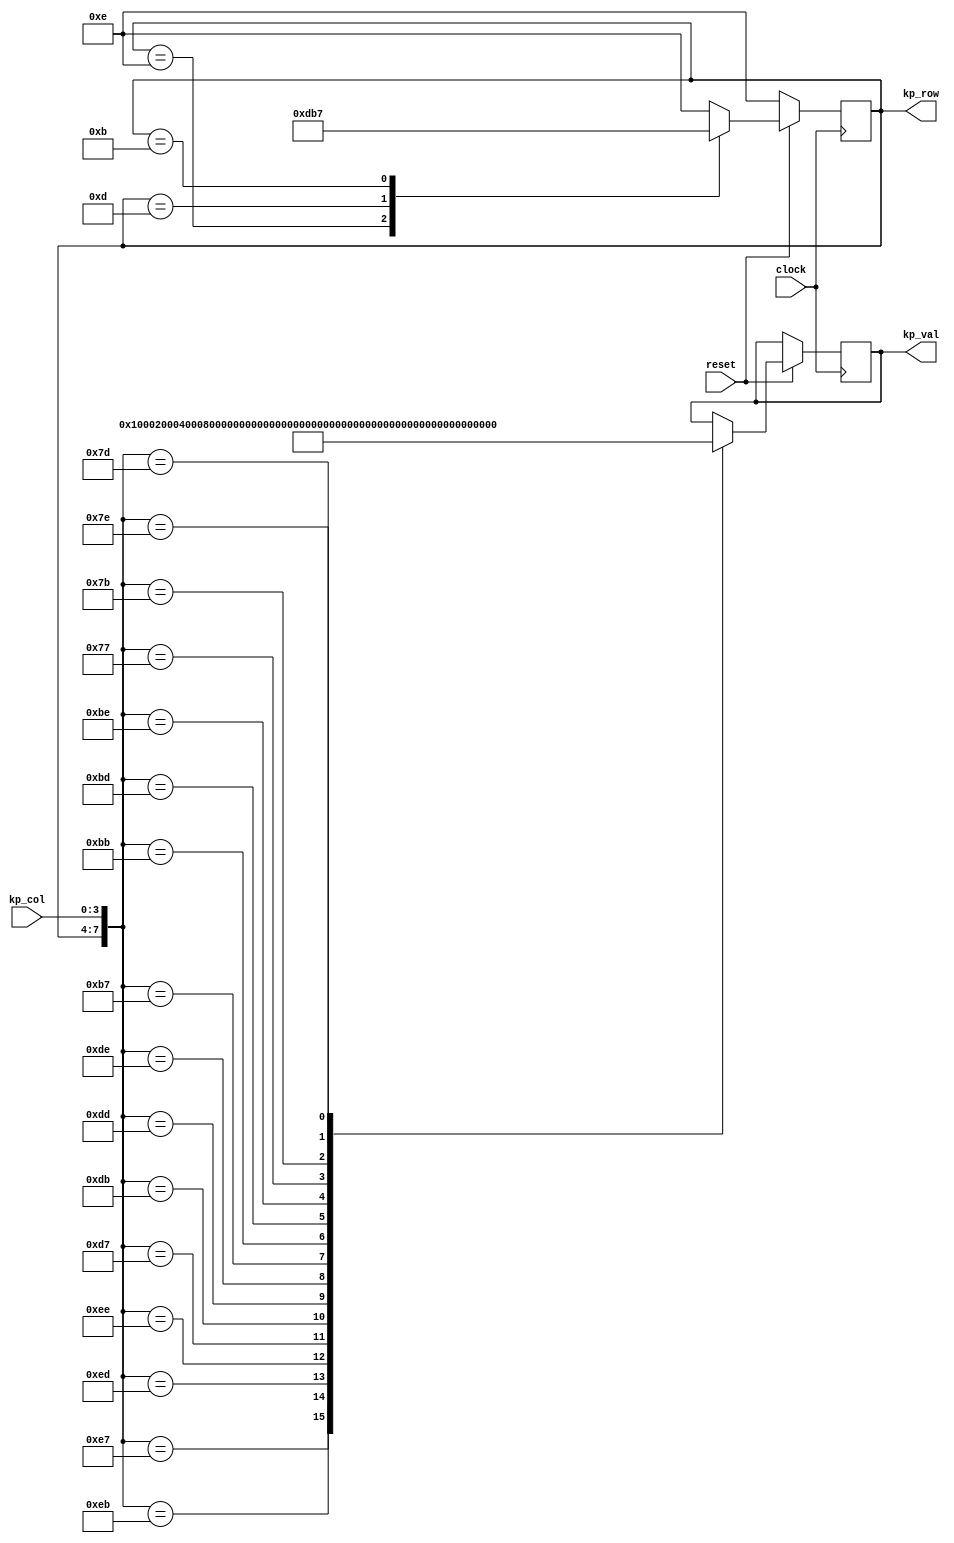
module checkkeypad(clock, reset, kp_col, kp_row, kp_val);

input clock, reset;
input [3:0] kp_col;
output reg [3:0] kp_row;
output reg [15:0] kp_val;

always @(posedge clock) begin
    if(!reset) begin
        kp_row <= 4'b1110;
        kp_buffer <= 4'b0000;
    end
    else begin
        case({kp_row, kp_col})
            8'b1110_0111: kp_val <= 16'h0001;
            8'b1110_1011: kp_val <= 16'h0002;
            8'b1110_1101: kp_val <= 16'h0004;
            8'b1110_1110: kp_val <= 16'h0008;
            8'b1101_0111: kp_val <= 16'h0010;
            8'b1101_1011: kp_val <= 16'h0020;
            8'b1101_1101: kp_val <= 16'h0040;
            8'b1101_1110: kp_val <= 16'h0080;
            8'b1011_0111: kp_val <= 16'h0100;
            8'b1011_1011: kp_val <= 16'h0200;
            8'b1011_1101: kp_val <= 16'h0400;
            8'b1011_1110: kp_val <= 16'h0800;
            8'b0111_0111: kp_val <= 16'h1000;
            8'b0111_1011: kp_val <= 16'h2000;
            8'b0111_1101: kp_val <= 16'h4000;
            8'b0111_1110: kp_val <= 16'h8000;
            default: kp_val <= kp_val;
        endcase
        case(kp_row)
            4'b1110: kp_row <= 4'b1101;
            4'b1101: kp_row <= 4'b1011;
            4'b1011: kp_row <= 4'b0111;
            4'b0111: kp_row <= 4'b1110;
            default: kp_row <= 4'b1110;
        endcase
    end
end

endmodule